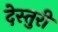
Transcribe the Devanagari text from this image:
देस्तुरी